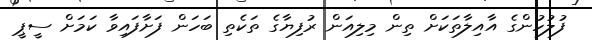
ފުލުހުންގެ އާއިލާތަކަށް ތިން މިލިއަން ރުފިޔާގެ ތަކެތި ބަހަން ފަށާފައިވާ ކަމަށް ސީޕީ